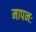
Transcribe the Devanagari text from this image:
मापनः